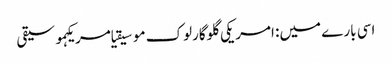
اسی بارے میں: امریکی گلوگارلوک موسیقیامریکہموسیقی